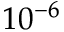
1 0 ^ { - 6 }